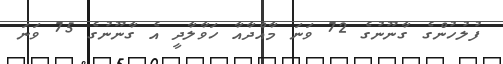
ފުލުހުންގެ ގާނޫނުގެ 72 ވަނަ މާއްދާއާ ހަވާލާދީ އެ ގާނޫނުގެ 75 ވަނަ